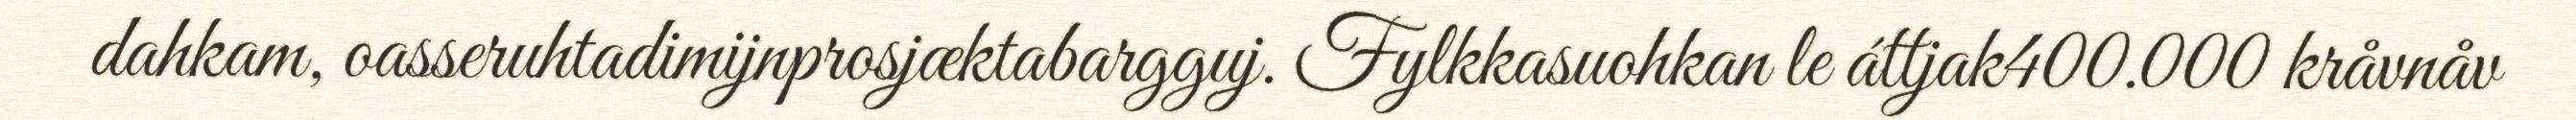
dahkam, oasseruhtadimijnprosjæktabargguj. Fylkkasuohkan le áttjak400.000 kråvnåv